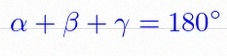
\alpha+\beta+\gamma=180^\circ